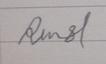
Signature authenticity: forged